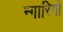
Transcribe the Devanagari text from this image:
न्गारिगो